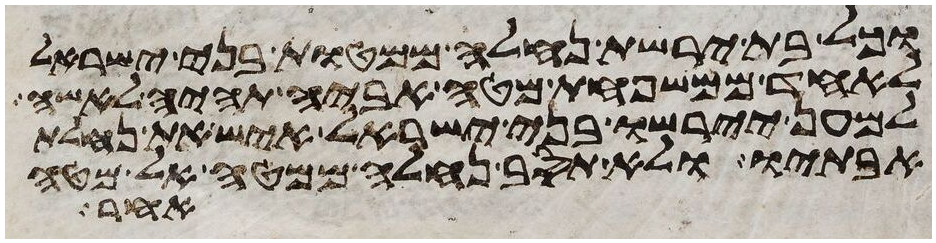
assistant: וכל בת ירשת נחלה ממטות בני ישראל
לאחד ממשפחת מטה אביה תהיה לאשה
למען יירשו בני ישראל איש את נחלת
אבתיו ולא תסב נחלה ממטה אל מטה
אחר